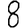
Digit: 8